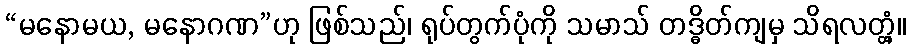
“မနောမယ, မနောဂဏ”ဟု ဖြစ်သည်၊ ရုပ်တွက်ပုံကို သမာသ် တဒ္ဓိတ်ကျမှ သိရလတ္တံ့။